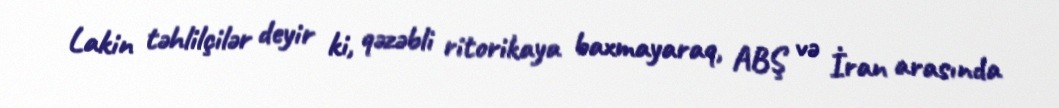
Lakin təhlilçilər deyir ki, qəzəbli ritorikaya baxmayaraq, ABŞ və İran arasında